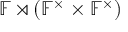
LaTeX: \mathbb { F } \rtimes ( \mathbb { F } ^ { \times } \times \mathbb { F } ^ { \times } )